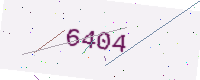
Text: 6404